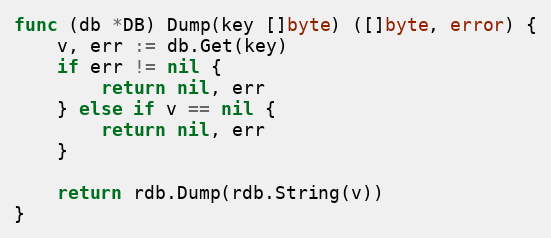
Language: Go
func (db *DB) Dump(key []byte) ([]byte, error) {
	v, err := db.Get(key)
	if err != nil {
		return nil, err
	} else if v == nil {
		return nil, err
	}

	return rdb.Dump(rdb.String(v))
}